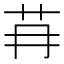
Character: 䒣